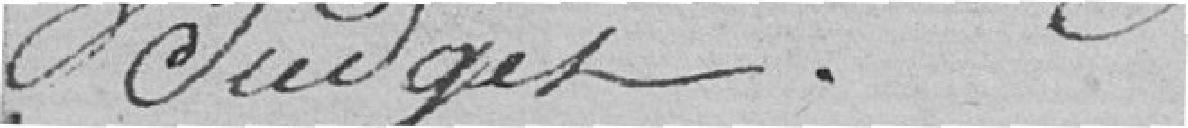
budget.